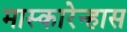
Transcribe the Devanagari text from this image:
मास्कारेन्हास